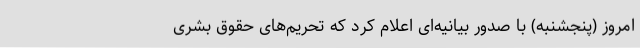
امروز (پنجشنبه) با صدور بیانیه‌ای اعلام کرد که تحریم‌های حقوق بشری